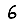
Digit: 6